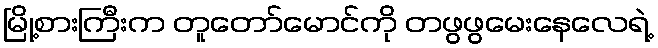
မြို့စားကြီးက တူတော်မောင်ကို တဖွဖွမေးနေလေရဲ့